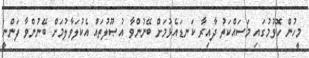
މީހުން ހޮވުމުގައި މަސައްކަތު ދާއިރާ ކަނޑައެޅުމަށް ބޭނުންވާ އުޞޫލުތައް އެކުލަވާލުމަށް ބޭނުންވާ ފަންނީ